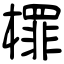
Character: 檌